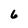
Character: 6